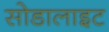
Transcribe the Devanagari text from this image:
सोडालाइट